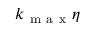
k _ { \mathrm { ~ m ~ a ~ x ~ } } \eta